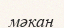
мәкан